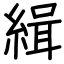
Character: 緝